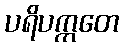
ပရိပက္ကတေ